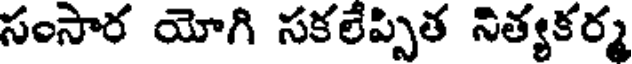
సంసార యోగి సకలేప్పిత నిత్యకర్మ